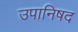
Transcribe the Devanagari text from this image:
उपानिषद